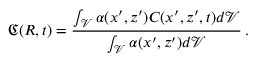
\mathfrak { C } ( R , t ) = \frac { \int _ { \mathcal { V } } \alpha ( x ^ { \prime } , z ^ { \prime } ) C ( x ^ { \prime } , z ^ { \prime } , t ) d \mathcal { V } } { \int _ { \mathcal { V } } \alpha ( x ^ { \prime } , z ^ { \prime } ) d \mathcal { V } } \, .